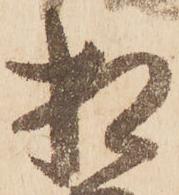
相